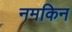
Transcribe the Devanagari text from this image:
नमकिन